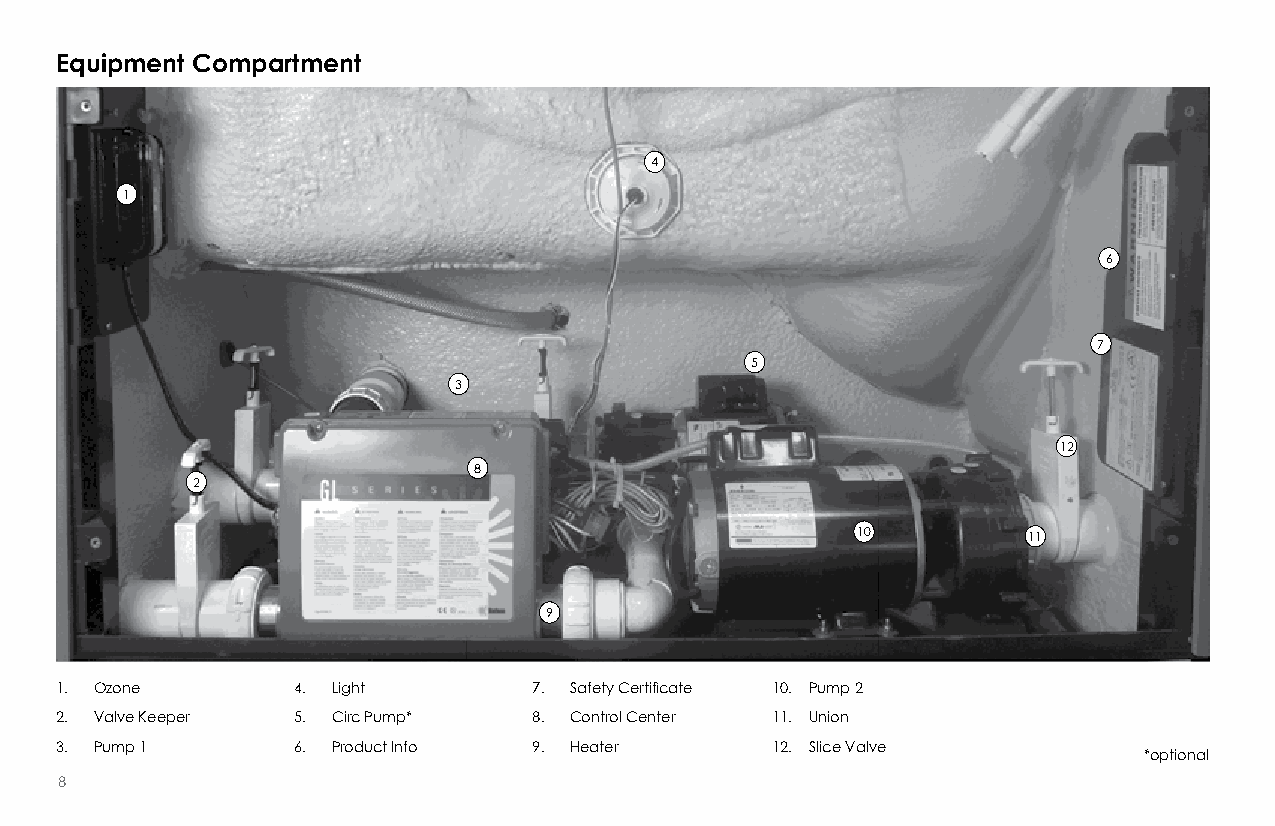
Equipment Compartment
 4
 1
 6
 7
 5
 3
 12
 8
 2
 10         11
 9
 1. Ozone       4. Light        7. Safety Certificate 10. Pump 2
 2. Valve Keeper 5. Circ Pump*  8. Control Center 11. Union
 3. Pump 1      6. Product Info 9. Heater       12. Slice Valve
 *optional
 8